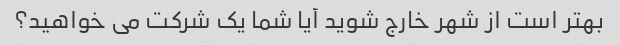
بهتر است از شهر خارج شوید آیا شما یک شرکت می خواهید؟